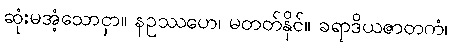
ဆုံးမအံ့သောငှာ။ နဥဿဟေ၊ မတတ်နိုင်။ ခရာဒိယဇာတကံ၊